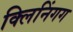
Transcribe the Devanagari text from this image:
क्लिनिंगग